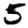
Digit: 5